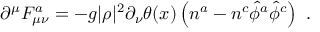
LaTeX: \partial ^ { \mu } F _ { \mu \nu } ^ { a } = - g | \rho | ^ { 2 } \partial _ { \nu } \theta ( x ) \left( n ^ { a } - n ^ { c } { \hat { \phi } } ^ { a } { \hat { \phi } } ^ { c } \right) ~ .